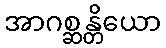
အာဂစ္ဆန္တိယော